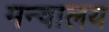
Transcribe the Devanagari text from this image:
मन्वालय